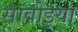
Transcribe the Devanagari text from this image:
सावोइया